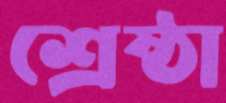
শ্রেষ্ঠা